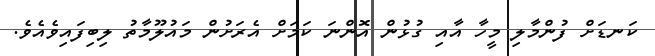
ކަނޑަށް ފުންމާލި މީހާ އާއި ގުޅުން އޮންނަ ކަމަށް އެރަށުން މައުލޫމާތު ލިބިފައިވެއެވެ.